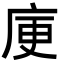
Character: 𭙜